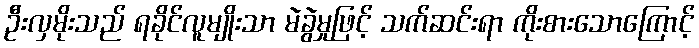
ဦးလှမိုးသည် ရခိုင်လူမျိုးသာ မဲခွဲမှုဖြင့် သက်ဆင်းရာ ကိုးစားသောကြောင့်